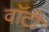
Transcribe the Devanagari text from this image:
वाॅटी